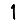
Digit: 1